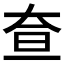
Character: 𡘍